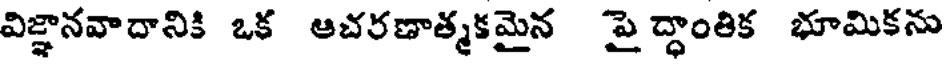
విజ్ఞానవాదానికి ఒక ఆచరణాత్మకమైన పై ద్ధాంతిక భూమికను